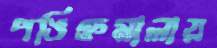
পঙিক্তমালায়